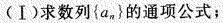
(Ⅰ)求数列{a_{n}}的通项公式；